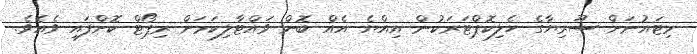
މިޓައުނަށް ސޫރިޔާގެ ހެލިކޮޕްޓަރަކުން އިއްޔެ އެއް ބޮން ވައްޓާލިކަމަށް ރިޕޯޓް ކޮށްފައި ވެއެވެ.